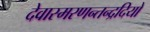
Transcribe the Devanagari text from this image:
देवास्मरणन्तन्द्रदियो